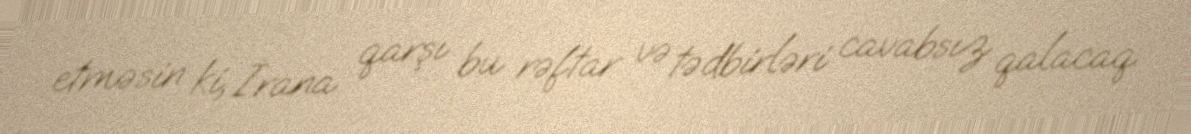
etməsin ki, İrana qarşı bu rəftar və tədbirləri cavabsız qalacaq.